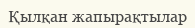
Қылқан жапырақтылар